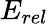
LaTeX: E_{rel}